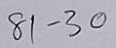
81 - 30